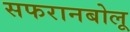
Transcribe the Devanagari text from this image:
सफरानबोलू